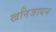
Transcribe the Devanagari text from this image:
खनिजायन